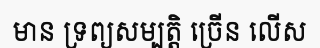
មាន ទ្រព្យសម្បត្តិ ច្រើន លើស